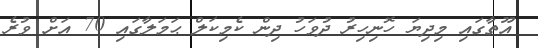
އޫތާގައި މިދިޔަ ހޮނިހިރު ދުވަހު ދިން ކެމިކަލް ޙަމަލާގައި 70 އަށް ވުރެ